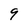
Character: 9